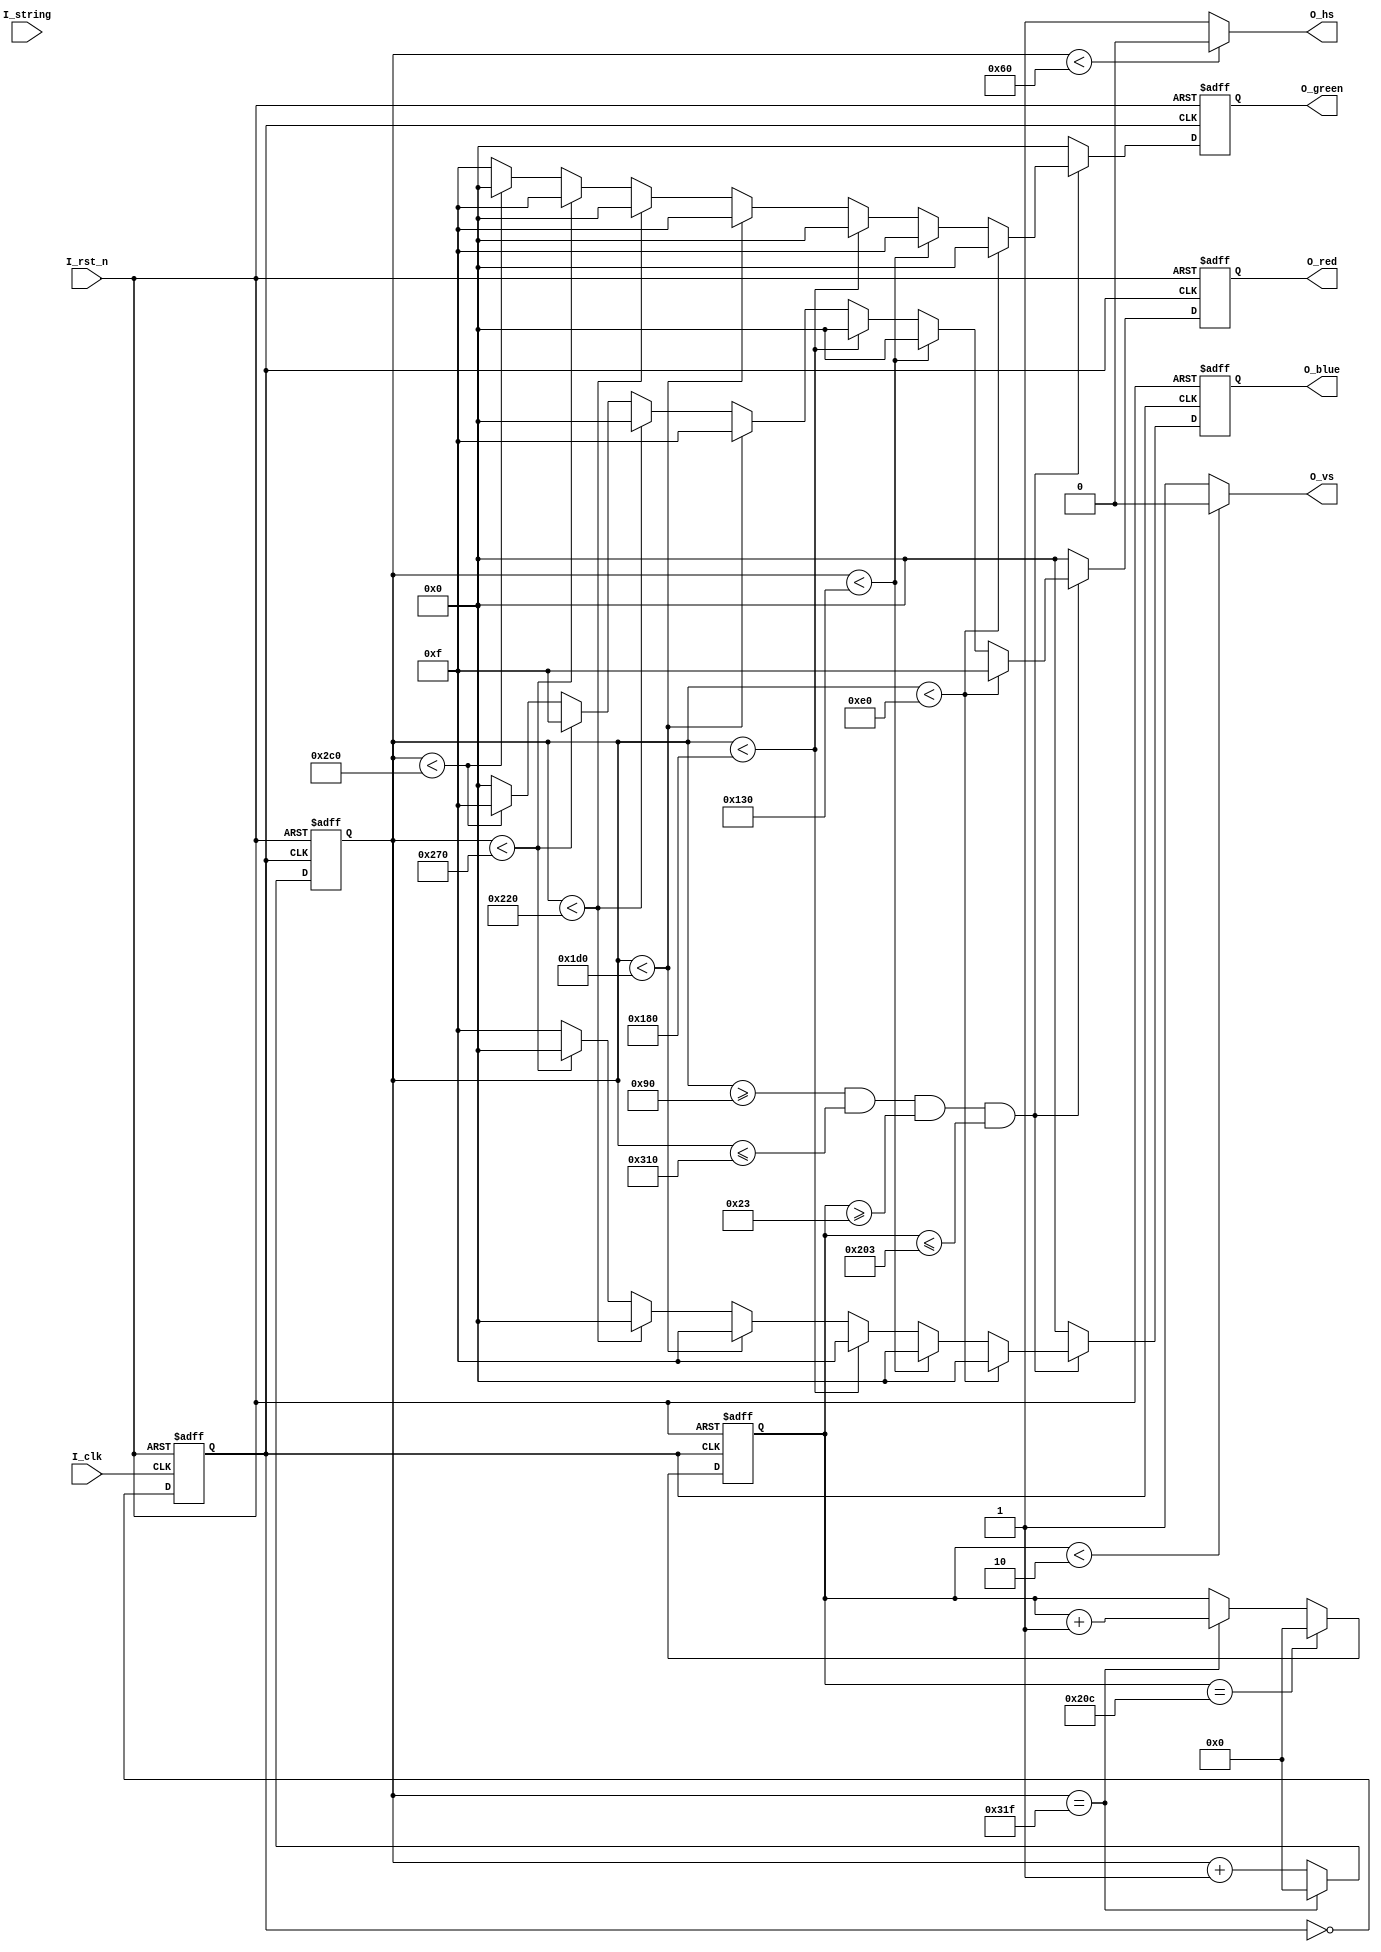
module mfp_ahb_vga_naive(
    input                   I_clk   ,       // 系统 50MHz 时钟
    input                   I_rst_n ,       // 系统复位
    input           [12287:0]  I_string,    // 希望显示的字符串
    output  reg     [3:0]    O_red   ,      // VGA 红色分量
    output  reg     [3:0]    O_green ,      // VGA 绿色分量
    output  reg     [3:0]    O_blue  ,      // VGA 蓝色分量
    output                  O_hs    ,       // VGA 行同步信号
    output                  O_vs            // VGA 场同步信号
    // 共 14 个输出信号
);
    
    
    // 关于 VGA 的时序信号：
    // 可参考 https://blog.csdn.net/u014586651/article/details/121850814
    // 行时序：
        // 包括：行同步 (Hor Sync)、行消隐 (Hor Back Porch)、行视频有效 (Hor Active Video)、行前肩 (Hor Front Porch)
        // 在一个行周期内，行时序输出首先在 行同步 时间内置零，然后保持 1。
        // 数据输出：首先等一个 行消隐，然后在 行视频有效 时间段内输出，最后等一个 行前肩
    // 场时序：
        // 包括：场同步 (Ver Sync)、场消隐 (Ver Back Porch)、场视频有效 (Ver Active Video)、场前肩 (Ver Front Porch)
        // 在一个场周期内，场时序输出首先在 场同步 时间内置零，然后保持 1。
        // 数据输出：首先等一个 场消隐，然后在 场视频有效 时间段内输出，最后等一个 场前肩
    // 需要注意：
        // 行时序以 像素 为单位， 场时序以 行 为单位
        // 分辨率为 640*480 时，要用 25.275 MHz 的时钟
        // 
    
    // 分辨率为 640*480 时，行时序各个参数定义
    parameter       C_H_SYNC_PULSE      =   96  , 
                    C_H_BACK_PORCH      =   48  ,
                    C_H_ACTIVE_TIME     =   640 ,
                    C_H_FRONT_PORCH     =   16  ,
                    C_H_LINE_PERIOD     =   800 ;

    // 分辨率为 640*480 时，场时序各个参数定义               
    parameter       C_V_SYNC_PULSE      =   2   , 
                    C_V_BACK_PORCH      =   33  ,
                    C_V_ACTIVE_TIME     =   480 ,
                    C_V_FRONT_PORCH     =   10  ,
                    C_V_FRAME_PERIOD    =   525 ;
                    
    parameter       C_COLOR_BAR_WIDTH   =   C_H_ACTIVE_TIME / 8  ;  

    reg [11:0]      R_h_cnt         ; // 行时序计数器
    reg [11:0]      R_v_cnt         ; // 列时序计数器
    reg             R_clk_25M       ; // 25MHz 像素时钟

    wire            W_active_flag   ; // 激活标志，当这个信号为 1 时 RGB 的数据可以显示在屏幕上
    
    //////////////////////////////////////////////////////////////////
    // 功能： 产生 25MHz 的像素时钟 R_clk_25M
    //////////////////////////////////////////////////////////////////
    always @(posedge I_clk or negedge I_rst_n) // 输入的 50 MHz I_clk 的上升沿
    begin
        if(!I_rst_n) // reset
            R_clk_25M   <=  1'b0        ;
        else
            R_clk_25M   <=  ~R_clk_25M  ;     // 每到上升沿才反转，50 MHz -> 25 MHz
    end

    //////////////////////////////////////////////////////////////////
    // 功能：产生行时序计数器 R_h_cnt
    //////////////////////////////////////////////////////////////////
    always @(posedge R_clk_25M or negedge I_rst_n)
    begin
        if(!I_rst_n) // reset
            R_h_cnt <=  12'd0   ;
        else if(R_h_cnt == C_H_LINE_PERIOD - 1'b1) // 计数到最大值了，重新开始
            R_h_cnt <=  12'd0   ;
        else
            R_h_cnt <=  R_h_cnt + 1'b1  ;                
    end                

    // 产生行时序输出 O_hs，C_H_SYNC_PULSE 内要置零
    assign O_hs =   (R_h_cnt < C_H_SYNC_PULSE) ? 1'b0 : 1'b1    ; 
    //////////////////////////////////////////////////////////////////


    //////////////////////////////////////////////////////////////////
    // 功能：产生场时序计数器 R_v_cnt
    //////////////////////////////////////////////////////////////////
    always @(posedge R_clk_25M or negedge I_rst_n)
    begin
        if(!I_rst_n) // reset
            R_v_cnt <=  12'd0   ;
        else if(R_v_cnt == C_V_FRAME_PERIOD - 1'b1) // 计数到最大值了，重新开始
            R_v_cnt <=  12'd0   ;
        else if(R_h_cnt == C_H_LINE_PERIOD - 1'b1) // 一行完成了，R_v_cnt++
            R_v_cnt <=  R_v_cnt + 1'b1  ;
        else // 不变
            R_v_cnt <=  R_v_cnt ;                        
    end                

    // 产生行时序输出 O_vs，C_V_SYNC_PULSE 内要置零
    assign O_vs =   (R_v_cnt < C_V_SYNC_PULSE) ? 1'b0 : 1'b1    ; 
    //////////////////////////////////////////////////////////////////  


    // 产生 是否可以输出 RGB: W_active_flag 
    // 可以输出：R_h_cnt 在行消隐、行前肩之间，且 R_v_cnt 在场消隐、场前肩之间
    assign W_active_flag =  (R_h_cnt >= (C_H_SYNC_PULSE + C_H_BACK_PORCH                  ))  &&
                            (R_h_cnt <= (C_H_SYNC_PULSE + C_H_BACK_PORCH + C_H_ACTIVE_TIME))  && 
                            (R_v_cnt >= (C_V_SYNC_PULSE + C_V_BACK_PORCH                  ))  &&
                            (R_v_cnt <= (C_V_SYNC_PULSE + C_V_BACK_PORCH + C_V_ACTIVE_TIME))  ;      
    //////////////////////////////////////////////////////////////////                 


    //////////////////////////////////////////////////////////////////
    // 功能：把显示器屏幕分成8个纵列，每个纵列的宽度是80
    //////////////////////////////////////////////////////////////////
    always @(posedge R_clk_25M or negedge I_rst_n)
    begin
        if(!I_rst_n) // reset
            begin
                O_red   <=  4'b0000   ;
                O_green <=  4'b0000   ;
                O_blue  <=  4'b0000   ; 
            end
        else if(W_active_flag)     // 根据行计数 R_h_cnt 来判断，是简单的赋值逻辑
            begin
                if(R_h_cnt < (C_H_SYNC_PULSE + C_H_BACK_PORCH + C_COLOR_BAR_WIDTH)) // 红色彩条
                    begin
                        O_red   <=  4'b1111    ; // 红色彩条把红色分量全部给1，绿色和蓝色给0
                        O_green <=  4'b0000    ;
                        O_blue  <=  4'b0000    ;
                    end
                else if(R_h_cnt < (C_H_SYNC_PULSE + C_H_BACK_PORCH + C_COLOR_BAR_WIDTH*2)) // 绿色彩条
                    begin
                        O_red   <=  4'b0000    ;
                        O_green <=  4'b1111    ; // 绿色彩条把绿色分量全部给1，红色和蓝色分量给0
                        O_blue  <=  4'b0000    ;
                    end 
                else if(R_h_cnt < (C_H_SYNC_PULSE + C_H_BACK_PORCH + C_COLOR_BAR_WIDTH*3)) // 蓝色彩条
                    begin
                        O_red   <=  4'b0000    ;
                        O_green <=  4'b0000    ;
                        O_blue  <=  4'b1111    ; // 蓝色彩条把蓝色分量全部给1，红色和绿分量给0
                    end 
                else if(R_h_cnt < (C_H_SYNC_PULSE + C_H_BACK_PORCH + C_COLOR_BAR_WIDTH*4)) // 白色彩条
                    begin
                        O_red   <=  4'b1111    ; // 白色彩条是有红绿蓝三基色混合而成
                        O_green <=  4'b1111    ; // 所以白色彩条要把红绿蓝三个分量全部给1
                        O_blue  <=  4'b1111    ;
                    end 
                else if(R_h_cnt < (C_H_SYNC_PULSE + C_H_BACK_PORCH + C_COLOR_BAR_WIDTH*5)) // 黑色彩条
                    begin
                        O_red   <=  4'b0000    ; // 黑色彩条就是把红绿蓝所有分量全部给0
                        O_green <=  4'b0000    ;
                        O_blue  <=  4'b0000    ;
                    end 
                else if(R_h_cnt < (C_H_SYNC_PULSE + C_H_BACK_PORCH + C_COLOR_BAR_WIDTH*6)) // 黄色彩条
                    begin
                        O_red   <=  4'b1111    ; // 黄色彩条是有红绿两种颜色混合而成
                        O_green <=  4'b1111    ; // 所以黄色彩条要把红绿两个分量给1
                        O_blue  <=  4'b0000    ; // 蓝色分量给0
                    end 
                else if(R_h_cnt < (C_H_SYNC_PULSE + C_H_BACK_PORCH + C_COLOR_BAR_WIDTH*7)) // 紫色彩条
                    begin
                        O_red   <=  4'b1111    ; // 紫色彩条是有红蓝两种颜色混合而成
                        O_green <=  4'b0000    ; // 所以紫色彩条要把红蓝两个分量给1
                        O_blue  <=  4'b1111    ; // 绿色分量给0
                    end 
                else                              // 青色彩条
                    begin
                        O_red   <=  4'b0000    ; // 青色彩条是由蓝绿两种颜色混合而成
                        O_green <=  4'b1111    ; // 所以青色彩条要把蓝绿两个分量给1
                        O_blue  <=  4'b11111    ; // 红色分量给0
                    end                   
            end
        else
            begin
                O_red   <=  4'b0000    ;
                O_green <=  4'b0000    ;
                O_blue  <=  4'b0000    ; 
            end           
    end

        
endmodule